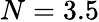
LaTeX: N=3.5